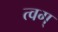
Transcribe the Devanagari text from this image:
त्वग्